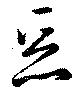
惡